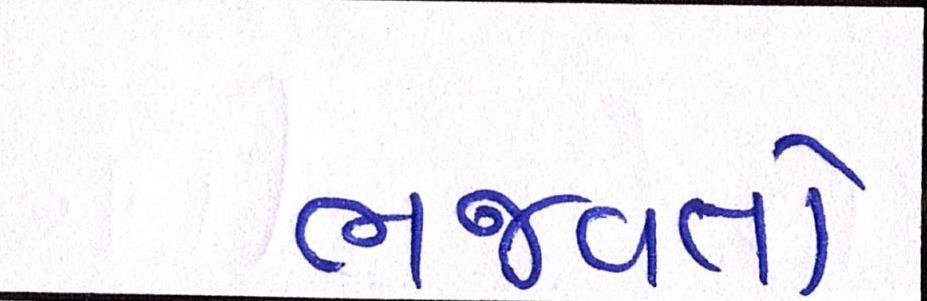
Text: ભજવતો